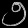
Digit: ၅